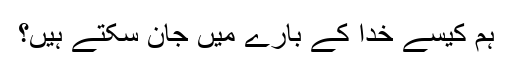
ہم کیسے خُدا کے بارے میں جان سکتے ہیں؟